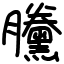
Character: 黱